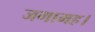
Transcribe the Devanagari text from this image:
जगामह।